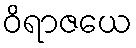
ဝိရာဇယေ